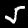
Digit: 5